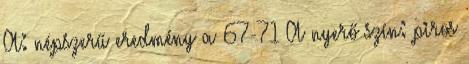
A: népszerű eredmény a 67-71 A nyerő szín: piros